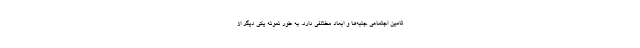
تامین اجتماعی جنبه‌ها و ابعاد مختلفی دارد. به طور نمونه یکی دیگر از